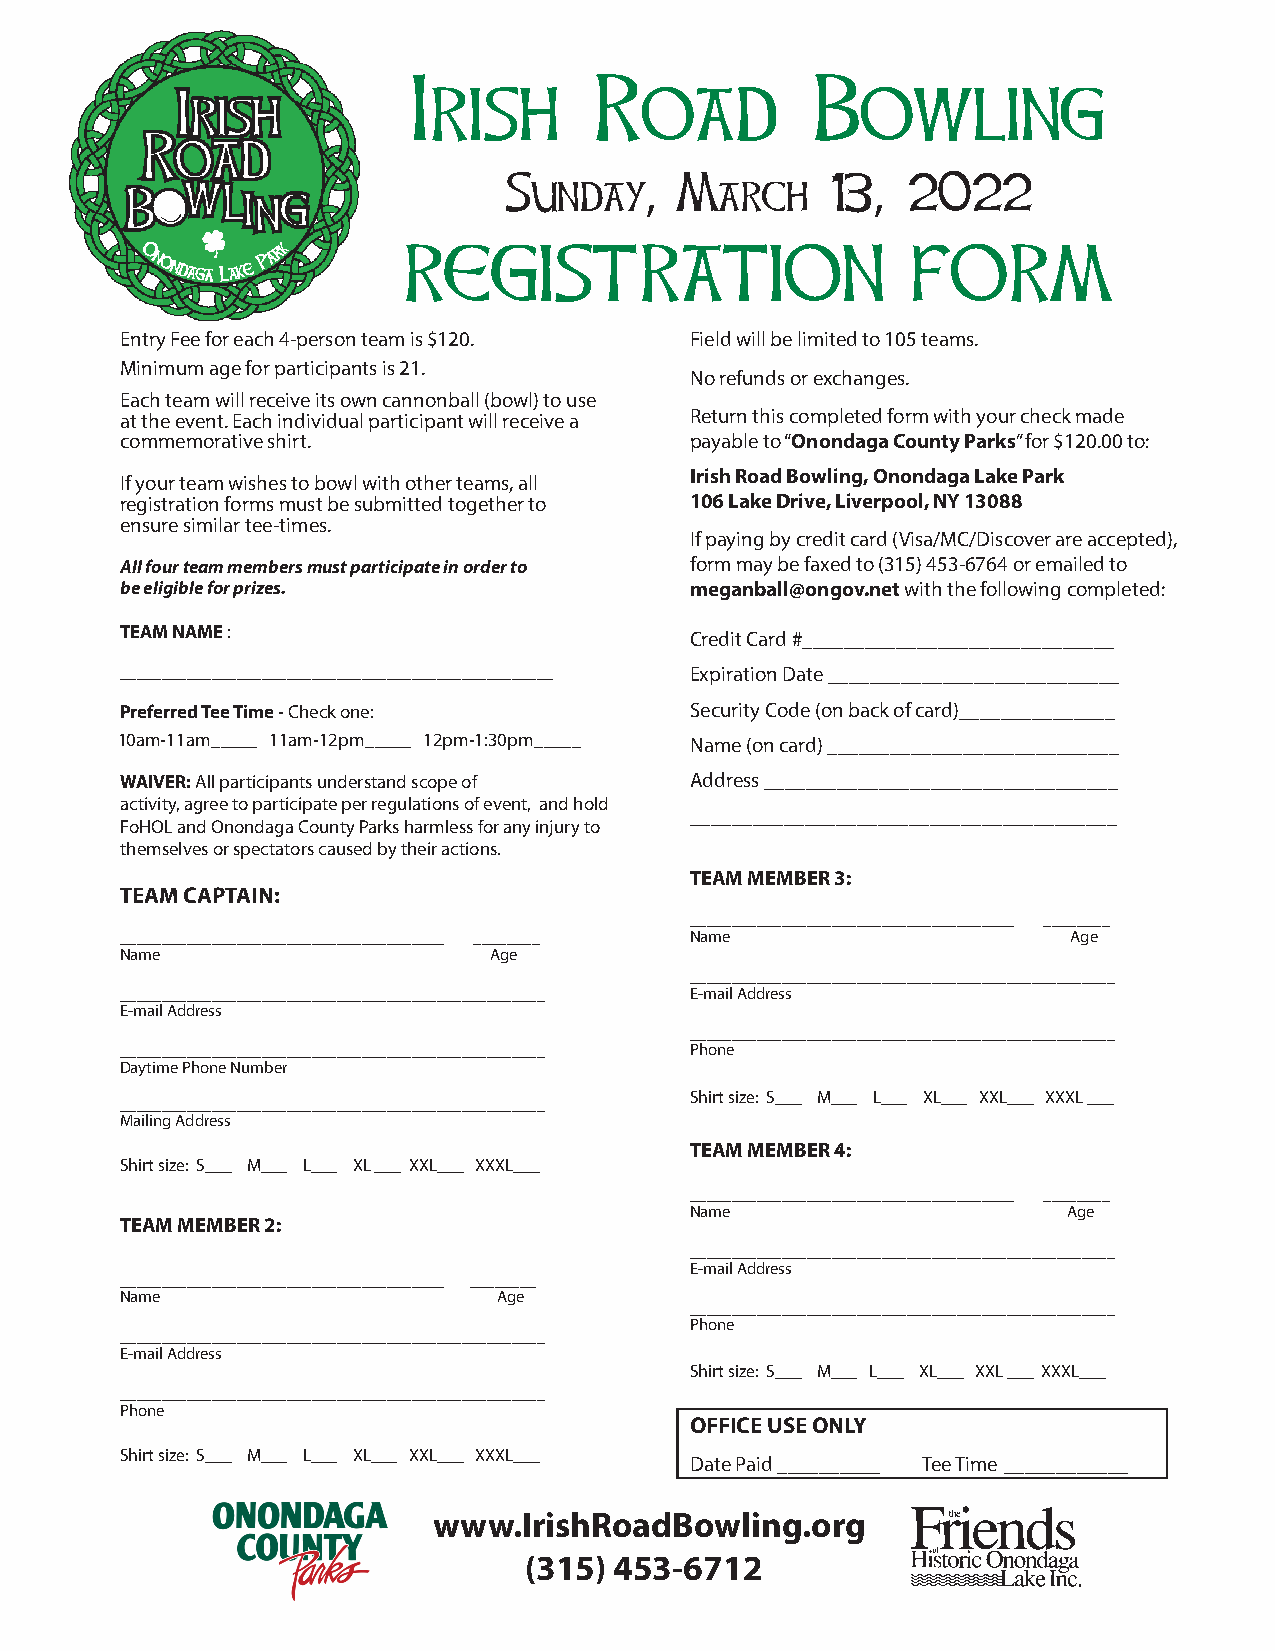
Sunday,     March     13,  2022
 Entry Fee for each 4-person team is $120. Field will be limited to 105 teams.
 Minimum age for participants is 21.
 No refunds or exchanges.
 Each team will receive its own cannonball (bowl) to use
 at the event. Each individual participant will receive a Return this completed form with your check made
 commemorative shirt.                  payable to “Onondaga County Parks” for $120.00 to:
 Irish Road Bowling, Onondaga Lake Park
 If your team wishes to bowl with other teams, all
 registration forms must be submitted together to 106 Lake Drive, Liverpool, NY 13088
 ensure similar tee-times.
 If paying by credit card (Visa/MC/Discover are accepted),
 All four team members must participate in order to form may be faxed to (315) 453-6764 or emailed to
 be eligible for prizes.               meganball@ongov.net with the following completed:
 TEAM NAME :
 Credit Card #______________________________
 ____________________________________________________ Expiration Date ____________________________
 P referred Tee Time - Check one:      S ecurity Code (on back of card)_______________
 10am-11am_____ 11am-12pm_____ 12pm-1:30pm_____ Name (on card) ____________________________
 WAIVER: All participants understand scope of Address __________________________________
 activity, agree to participate per regulations of event, and hold
 _________________________________________
 FoHOL and Onondaga County Parks harmless for any injury to
 themselves or spectators caused by their actions.
 TEAM MEMBER 3:
 TEAM CAPTAIN:
 _______________________________________ ________
 _______________________________________ ________ Name          Age
 Name                    Age
 ___________________________________________________
 ___________________________________________________ E-mail Address
 E-mail Address
 ___________________________________________________
 ___________________________________________________ Phone
 Daytime Phone Number
 Shirt size: S___ M___ L___ XL___ XXL___ XXXL ___
 ___________________________________________________
 Mailing Address
 TEAM MEMBER 4:
 Shirt size: S___ M___ L___ XL ___ XXL___ XXXL___
 _______________________________________ ________
 Name                     Age
 TEAM MEMBER 2:
 ___________________________________________________
 E-mail Address
 _______________________________________ ________
 Name                     Age
 ___________________________________________________
 Phone
 ___________________________________________________
 E-mail Address
 Shirt size: S___ M___ L___ XL___ XXL ___ XXXL___
 ___________________________________________________
 Phone
 OFFICE USE ONLY
 Shirt size: S___ M___ L___ XL___ XXL___ XXXL___
 Date Paid __________ Tee Time ____________
 www.IrishRoadBowling.org
 (315) 453-6712